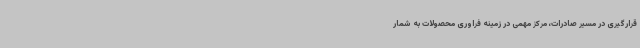
قرارگیری در مسیر صادرات، مرکز مهمی در زمینه فراوری محصولات به شمار